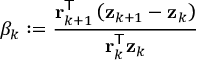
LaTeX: \beta _ { k } : = { \frac { \mathbf { r } _ { k + 1 } ^ { \mathsf { T } } \left( \mathbf { z } _ { k + 1 } - \mathbf { z } _ { k } \right) } { \mathbf { r } _ { k } ^ { \mathsf { T } } \mathbf { z } _ { k } } }